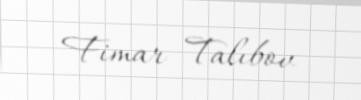
Fimar Talıbov